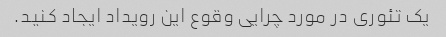
یک تئوری در مورد چرایی وقوع این رویداد ایجاد کنید.